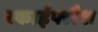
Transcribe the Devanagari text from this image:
स्काईफ्लैश